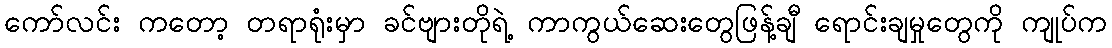
ကော်လင်း ကတော့ တရာရုံးမှာ ခင်ဗျားတိုရဲ့ ကာကွယ်ဆေးတွေဖြန့်ချီ ရောင်းချမှုတွေကို ကျုပ်က